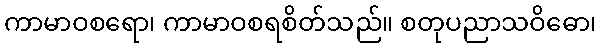
ကာမာဝစရော၊ ကာမာဝစရစိတ်သည်။ စတုပညာသဝိဓော၊